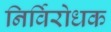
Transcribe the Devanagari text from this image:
निर्विरोधक